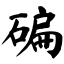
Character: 碥